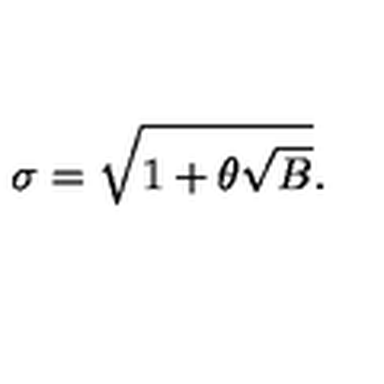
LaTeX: \sigma = \sqrt { 1 + \theta \sqrt { B } } .